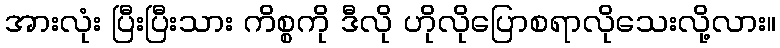
အားလုံး ပြီးပြီးသား ကိစ္စကို ဒီလို ဟိုလိုပြောစရာလိုသေးလို့လား။